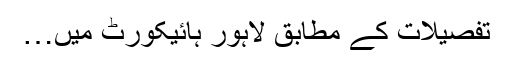
تفصیلات کے مطابق لاہور ہائیکورٹ میں…